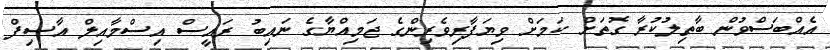
އެއްބަސްވުން ބާތިލުކުރާ ގޮތަށް ކަމަށް ވިޔަފާރިވެރިންގެ ޖަމިއްޔާގެ ނައިބު ރައީސް އިސްމާއިލް އާސިފް